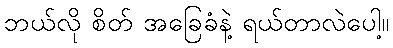
ဘယ်လို စိတ် အခြေခံနဲ့ ရယ်တာလဲပေါ့။